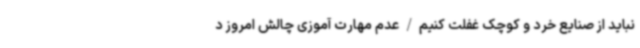
نباید از صنایع خرد و کوچک غفلت کنیم/عدم مهارت‌ آموزی چالش امروز د